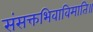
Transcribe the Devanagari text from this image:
संसक्तभिवाविमाति॥